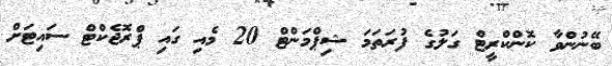
ބޭނުންވާ ކޮންކްރީޓް ގަލުގެ ފުރަތަމަ ޝިޕްމަންޓް 20 މެއި ގައި ޕްރޮޖެކްޓް ސައިޓަށް